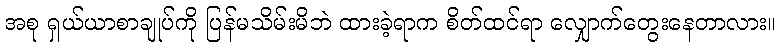
အစု ရှယ်ယာစာချုပ်ကို ပြန်မသိမ်းမိဘဲ ထားခဲ့ရာက စိတ်ထင်ရာ လျှောက်တွေးနေတာလား။